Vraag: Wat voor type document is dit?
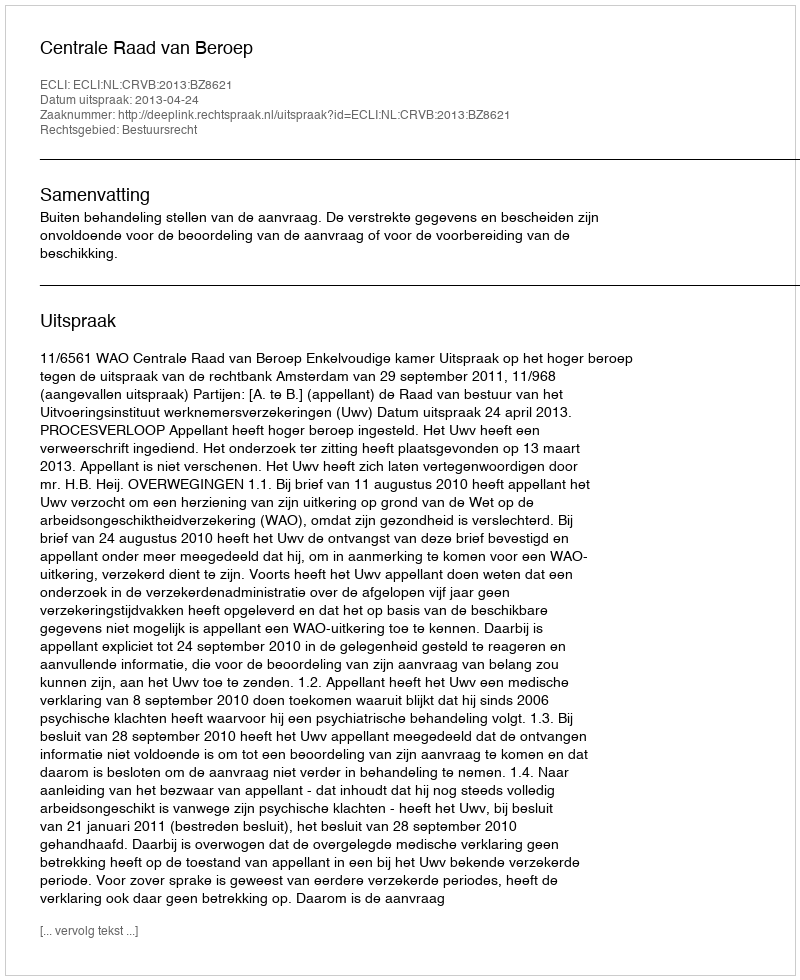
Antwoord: Uitspraak